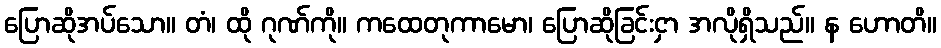
ပြောဆိုအပ်သော။ တံ၊ ထို ဂုဏ်ကို။ ကထေတုကာမော၊ ပြောဆိုခြင်းငှာ အလိုရှိသည်။ န ဟောတိ။